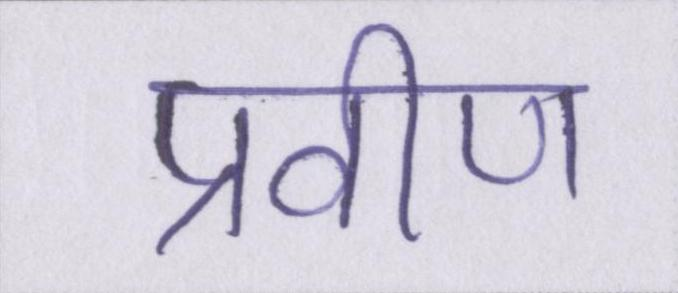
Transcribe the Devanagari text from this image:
प्रवीण